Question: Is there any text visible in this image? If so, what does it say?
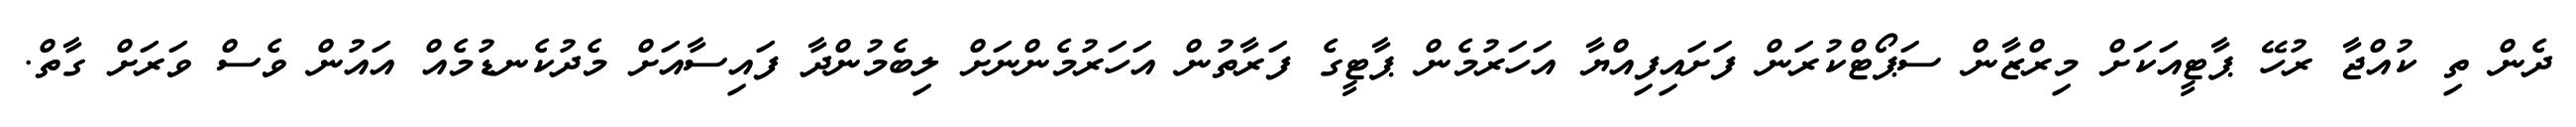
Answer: ދެން ތި ކުއްޖާ ރުހޭ ޕާޓީއަކަށް މިރްޒާން ސަޕޯޓްކުރަން ފަށައިފިއްޔާ އަހަރުމެން ޕާޓީގެ ފަރާތުން އަހަރުމެންނަށް ލިބެމުންދާ ފައިސާއަށް މެދުކެނޑުމެއް އައުން ވެސް ވަރަށް ގާތް.